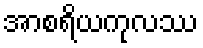
အာစရိယကုလဿ